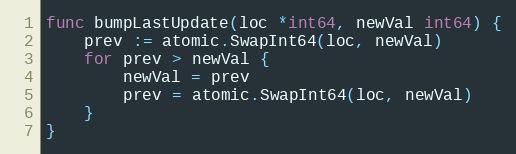
Language: Go
func bumpLastUpdate(loc *int64, newVal int64) {
	prev := atomic.SwapInt64(loc, newVal)
	for prev > newVal {
		newVal = prev
		prev = atomic.SwapInt64(loc, newVal)
	}
}